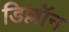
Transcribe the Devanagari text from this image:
डिल्लॉन